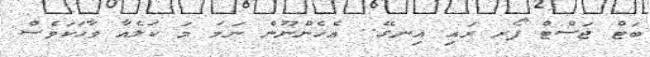
ބަޓް ޖަސްޓް ފޯރ ރައި އިނގޭ.. އެހެންނޫން ނަމަ މަ ކަލެއާ ވާހަކަވެސް